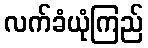
လက်ခံယုံကြည်